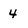
Character: 4